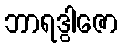
ဘာရဒွါဇော